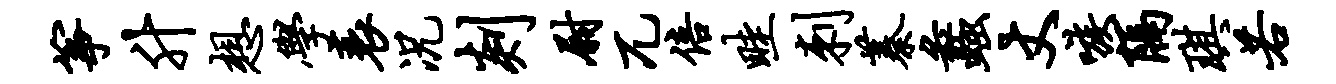
筝升想学衰况剡尉兀倍畦刺蓁蠡丈嗾隔琪若